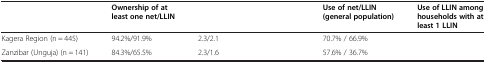
<table><thead><tr><td>[EMPTY_CELL]</td><td><b>Ownership of at least one net/LLIN</b></td><td>[EMPTY_CELL]</td><td><b>Use of net/LLIN (general population)</b></td><td><b>Use of LLIN among households with at least 1 LLIN</b></td></tr></thead><tbody><tr><td>Kagera Region (n = 445)</td><td>94.2%/91.9%</td><td>2.3/2.1</td><td>70.7% / 66.9%</td><td>[EMPTY_CELL]</td></tr><tr><td>Zanzibar (Unguja) (n = 141)</td><td>84.3%/65.5%</td><td>2.3/1.6</td><td>57.6% / 36.7%</td><td>[EMPTY_CELL]</td></tr></tbody></table>